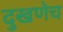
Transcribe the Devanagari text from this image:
दुखणेच